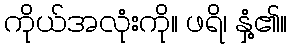
ကိုယ်အလုံးကို။ ဖရိ၊ နှံ့၏။